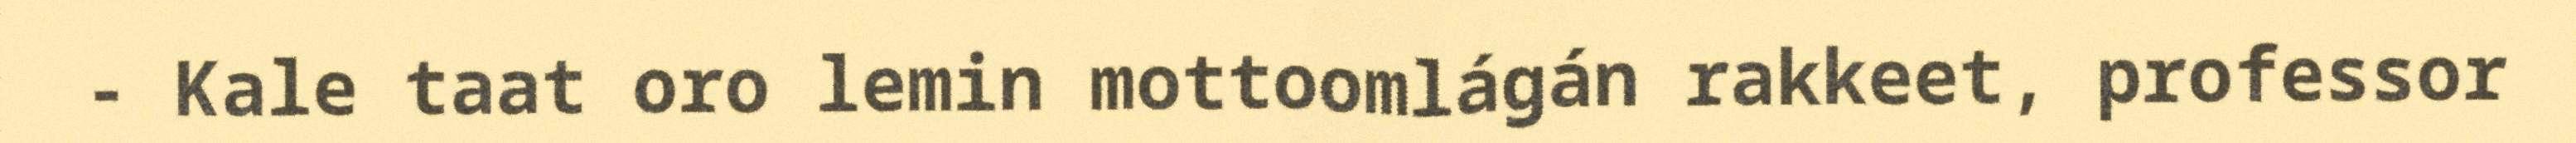
- Kale taat oro lemin mottoomlágán rakkeet, professor